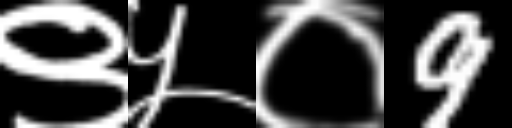
Text: ९५०9